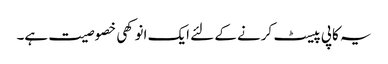
یہ کاپی پیسٹ کرنے کے لئے ایک انوکھی خصوصیت ہے۔